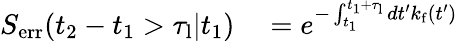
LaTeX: \begin{array}{rl}{S_{\mathrm{err}}(t_{2}-t_{1}>\tau_{\mathrm{l}}|t_{1})}&{{}=e^{-\int_{t_{1}}^{t_{1}+\tau_{\mathrm{l}}}dt^{\prime}k_{\mathrm{f}}(t^{\prime})}}\end{array}